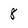
Character: 8